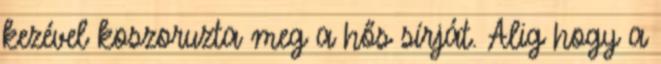
kezével koszoruzta meg a hős sírját. Alig hogy a